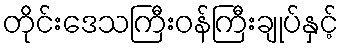
တိုင်းဒေသကြီးဝန်ကြီးချုပ်နှင့်